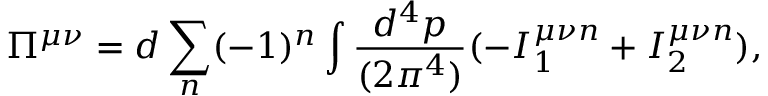
\Pi ^ { \mu \nu } = d \sum _ { n } ( - 1 ) ^ { n } \int { \frac { d ^ { 4 } p } { ( 2 \pi ^ { 4 } ) } } ( - I _ { 1 } ^ { \mu \nu n } + I _ { 2 } ^ { \mu \nu n } ) ,